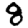
Digit: 8